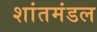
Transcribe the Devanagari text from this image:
शांतमंडल